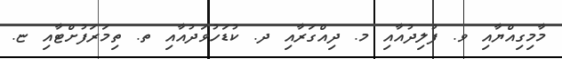
މާމިގިއްޔާއި ވ. ފުލިދުއާއި މ. ދިއްގަރާއި ދ. ކުޑަހުވަދުއާއި ތ. ތިމަރަފުށްޓާއި ޏ.